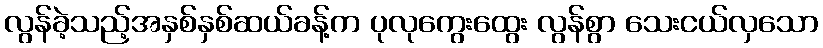
လွန်ခဲ့သည့်အနှစ်နှစ်ဆယ်ခန့်က ပုလုကွေးထွေး လွန်စွာ သေးငယ်လှသော